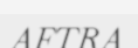
AFTRA